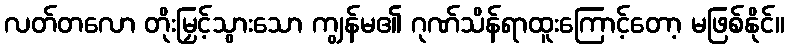
လတ်တလော တိုးမြှင့်သွားသော ကျွန်မ၏ ဂုဏ်သိန်ရာထူးကြောင့်တော့ မဖြစ်နိုင်။